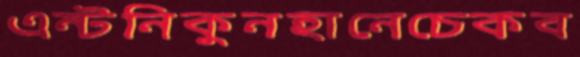
এন্টনিকুনহানেচেকব